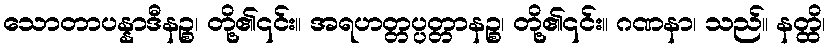
သောတာပန္နာဒီနဉ္စ၊ တို့၏၎င်း။ အရဟတ္တပ္ပတ္တာနဉ္စ၊ တို့၏၎င်း။ ဂဏနာ၊ သည်။ နတ္ထိ၊